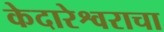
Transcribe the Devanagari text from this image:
केदारेश्वराचा